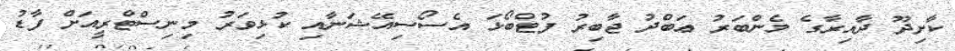
ކާށިދޫ ދާއިރާގެ މެންބަރު ޢަބްދު ޖާބިރު ފުޓްބޯޅަ އެސޯސިއޭޝަނާއި ކުޅިވަރު މިނިސްޓްރީއަށް ފާޑު